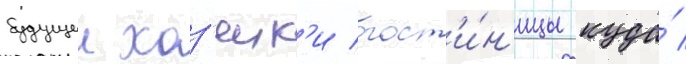
будущеи хоз'яик'и гост'и́н'ицы куда́